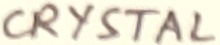
Text: CRYSTAL